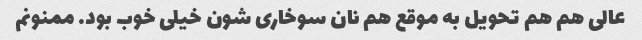
عالی هم هم تحویل به موقع هم نان سوخاری شون خیلی خوب بود. ممنونم